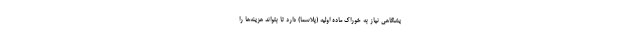
یشگاهی نیاز به خوراک ماده اولیه (پلاسما) دارد تا بتواند هزینه‌ها را